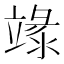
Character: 𥪬